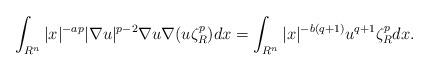
LaTeX: \begin{align*} \int_{R^n}|x|^{-ap}|\nabla u|^{p-2} \nabla u \nabla(u\zeta_R^p)dx=\int_{R^n}|x|^{-b(q+1)}u^{q+1}\zeta_R^pdx.\end{align*}